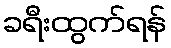
ခရီးထွက်ရန်